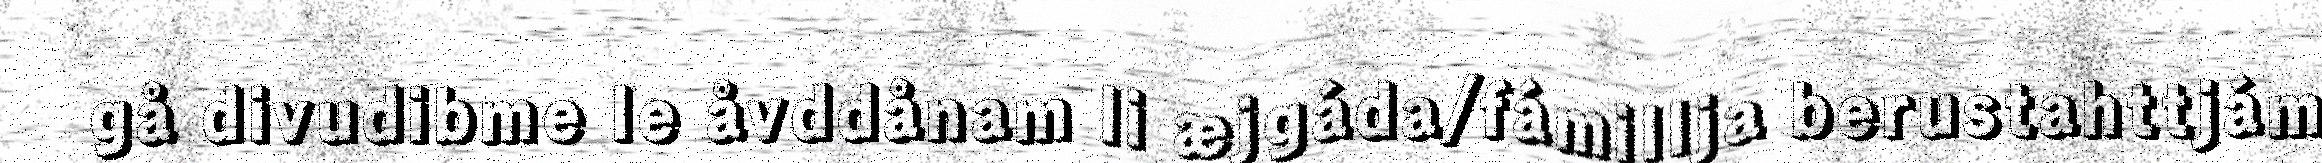
gå divudibme le åvddånam li æjgáda/fámillja berustahttjám